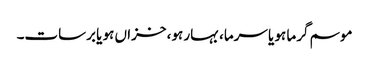
موسم گرما ہو یا سرما، بہار ہو، خزاں ہو یا برسات۔